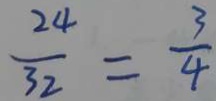
\frac { 2 4 } { 3 2 } = \frac { 3 } { 4 }